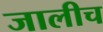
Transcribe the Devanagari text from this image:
जालीच